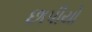
છાપીયો